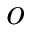
o